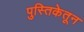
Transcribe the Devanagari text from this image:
पुस्तिकेतून